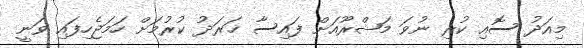
މިއަދު ސޮއި ކުރި ނުވަ މަޝްރޫއަށް ފައިސާ ޚަރަދު ކުރުމަށް ހަމަޖެހިފައި ވަނީ